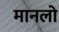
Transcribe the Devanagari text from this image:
मानलो